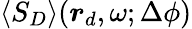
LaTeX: \langle S_{D}\rangle(\boldsymbol{r}_{d},\omega;\Delta\phi)